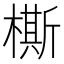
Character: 㯕